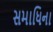
સમાધિના